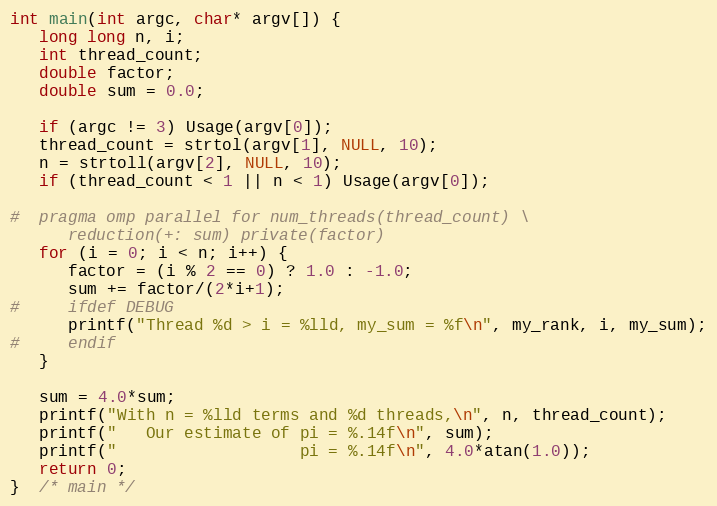
Language: C
int main(int argc, char* argv[]) {
   long long n, i;
   int thread_count;
   double factor;
   double sum = 0.0;

   if (argc != 3) Usage(argv[0]);
   thread_count = strtol(argv[1], NULL, 10);
   n = strtoll(argv[2], NULL, 10);
   if (thread_count < 1 || n < 1) Usage(argv[0]);

#  pragma omp parallel for num_threads(thread_count) \
      reduction(+: sum) private(factor)
   for (i = 0; i < n; i++) {
      factor = (i % 2 == 0) ? 1.0 : -1.0;
      sum += factor/(2*i+1);
#     ifdef DEBUG
      printf("Thread %d > i = %lld, my_sum = %f\n", my_rank, i, my_sum);
#     endif
   }

   sum = 4.0*sum;
   printf("With n = %lld terms and %d threads,\n", n, thread_count);
   printf("   Our estimate of pi = %.14f\n", sum);
   printf("                   pi = %.14f\n", 4.0*atan(1.0));
   return 0;
}  /* main */